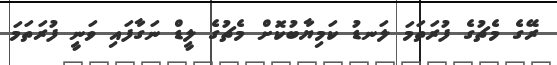
ރޭގެ މެޗުގެ ފުރަތަމަ ލަނޑު ކަމިޔާބުކޮށް މެޗުގެ ލީޑް ނަގާފައި ވަނީ ފުރަތަމަ